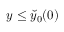
y \le \breve { y } _ { 0 } ( 0 )